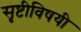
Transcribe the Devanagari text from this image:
सृष्टीविषयी